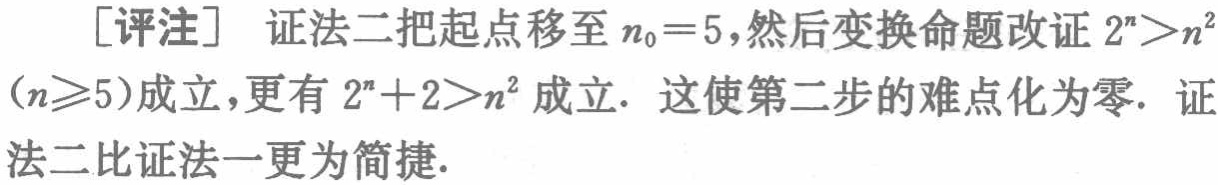
[评注] 证法二把起点移至 \(n_0 = 5\)，然后变换命题改证 \(2^n>n^2\)
\((n\geq5)\)成立，更有 \(2^n + 2>n^2\) 成立. 这使第二步的难点化为零. 证
法二比证法一更为简捷.